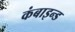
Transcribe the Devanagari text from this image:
कंबाइन्ड